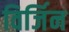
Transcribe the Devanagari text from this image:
विर्जिन